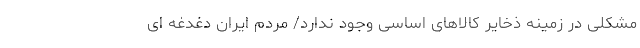
مشکلی در زمینه ذخایر کالاهای اساسی وجود ندارد/ مردم ایران دغدغه ای